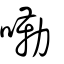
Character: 嘞